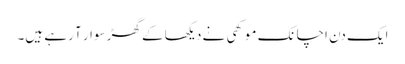
ایک دن اچانک موکھی نے دیکھا کے گھڑ سوار آ رہے ہیں۔